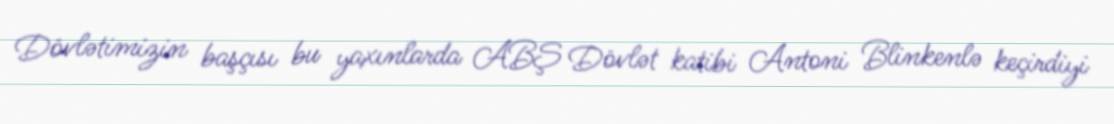
Dövlətimizin başçısı bu yaxınlarda ABŞ Dövlət katibi Antoni Blinkenlə keçirdiyi